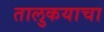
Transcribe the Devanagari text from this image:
तालुकयाचा